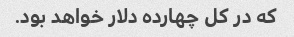
که در کل چهارده دلار خواهد بود.